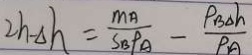
2 h - \Delta h = \frac { m _ { A } } { S _ { B } P A } - \frac { P _ { B \Delta h } } { P _ { A } }